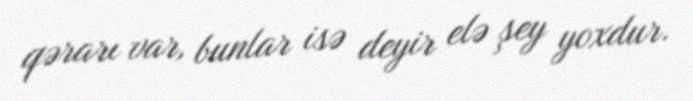
qərarı var, bunlar isə deyir elə şey yoxdur.